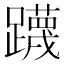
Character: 𮜤